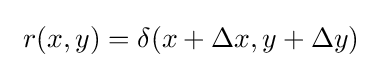
\ r(x,y)=\delta (x+\Delta x,y+\Delta y)